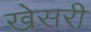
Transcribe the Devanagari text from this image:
खेसरी